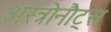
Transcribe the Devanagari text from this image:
अस्त्रोनौट्स